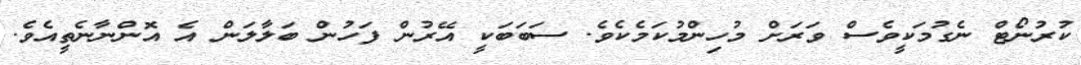
ކުރުނޯޓް ނެގުމަކީވެސް ވަރަށް މުހިންމުކަމެކެވެ. ސަބަބަކީ އޭރުން ފަހުން ބަލާލަން އެ އޮންނާނެތީއެވެ.